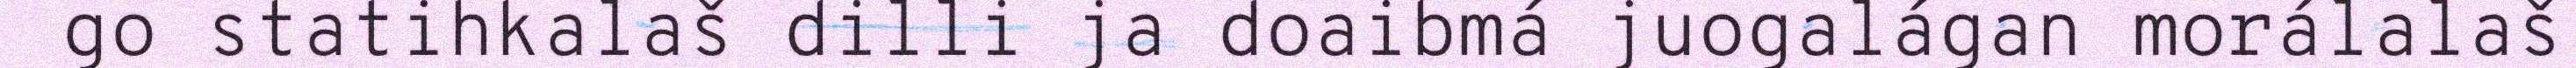
go statihkalaš dilli ja doaibmá juogalágan morálalaš